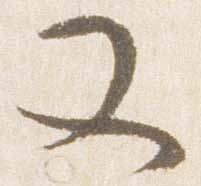
又